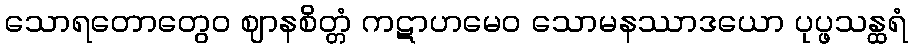
သောရတောတွေဝ ဈာနစိတ္တံ ကဋာဟမေဝ သောမနဿာဒယော ပုပ္ဖသန္ထရံ